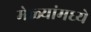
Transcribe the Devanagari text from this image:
मेळ्यांमध्ये